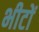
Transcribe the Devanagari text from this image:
भीटों